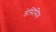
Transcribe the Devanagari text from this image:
डेसिसिस